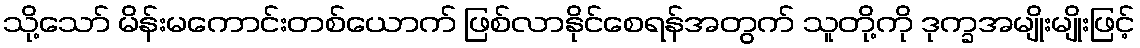
သို့သော် မိန်းမကောင်းတစ်ယောက် ဖြစ်လာနိုင်စေရန်အတွက် သူတို့ကို ဒုက္ခအမျိုးမျိုးဖြင့်